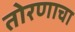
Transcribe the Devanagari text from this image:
तोरणाचा